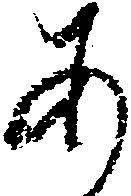
あ